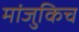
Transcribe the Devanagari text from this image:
मांजुकिच